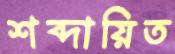
শব্দায়িত